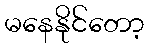
မနေနိုင်တော့